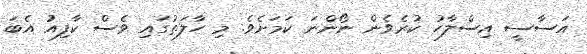
އަސާސީ އިސްލާހު ކުރެވެން ނޯންނަ ކަމަށެވެ. މި ހާލަތުގައި ވެސް ކާފިއު އެބަ